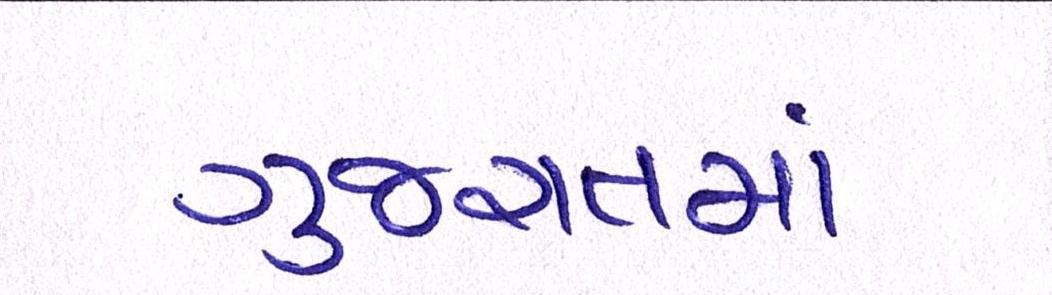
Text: ગુજરાતમાં